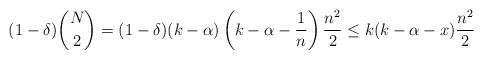
LaTeX: \begin{align*}(1-\delta)\binom{N}{2}=(1-\delta)(k-\alpha)\left(k-\alpha-\frac{1}{n}\right)\frac{n^2}{2} \leq k(k-\alpha-x)\frac{n^2}{2}\end{align*}